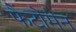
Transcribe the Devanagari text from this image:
फैंटोमेन